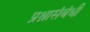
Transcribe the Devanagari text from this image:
प्रश्नासंबंधी